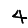
Digit: 4